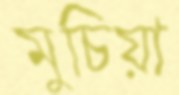
মুচিয়া